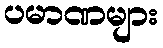
ပမာဏများ